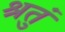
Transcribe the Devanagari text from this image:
श्रतुं